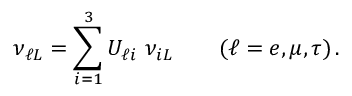
\nu _ { \ell L } = \sum _ { i = 1 } ^ { 3 } U _ { \ell i } \ \nu _ { i L } \qquad ( \ell = e , \mu , \tau ) \, .